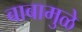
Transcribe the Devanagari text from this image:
बाबामुळे